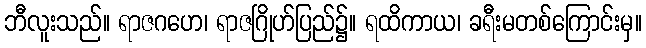
ဘီလူးသည်။ ရာဇဂဟေ၊ ရာဇဂြိုဟ်ပြည်၌။ ရထိကာယ၊ ခရီးမတစ်ကြောင်းမှ။